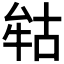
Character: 𭷢